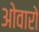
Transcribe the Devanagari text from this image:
ओवारो